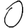
Digit: 0